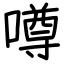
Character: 噂